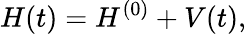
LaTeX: H(t)=H^{(0)}+V(t),